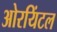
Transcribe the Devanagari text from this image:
ओरयिंटल